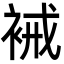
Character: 裓